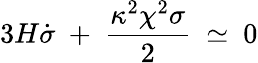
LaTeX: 3H\dot{\sigma}\ +\ \frac{\kappa^{2}\chi^{2}\sigma}{2}\ \simeq\ 0